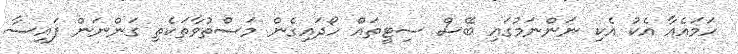
ހަމައެއާ އެކު އެކި ނަންނަމުގައި ބޭސް ސިޓީތައް ހޯދައިގެން މަސްތުވާތަކެތި ގަންނަން ފައިސާ